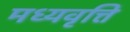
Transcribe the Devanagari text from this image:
मध्यवृत्ति